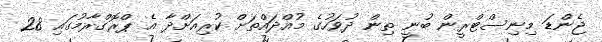
ޖެންޑަ މިނިސްޓްރީން ބުނީ ތިން ދުވަހުގެ މުއްދައްތަށް ކުރިއަށްދާ އެ ޕްރޮގްރާމުގައި 28